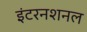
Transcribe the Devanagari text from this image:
इंटरनशनल